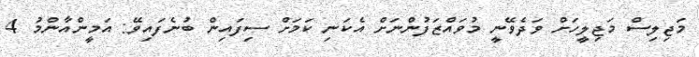
މަޖިލިސް މަޖިލީހަށް ވަދެވޭނީ މުވައްޒަފުންނަށް އެކަނި ކަމަށް ސިފައިން ބުނެފައިވޭ: އަމީންއާންމު 4